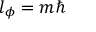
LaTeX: l _ { \phi } = m \hbar